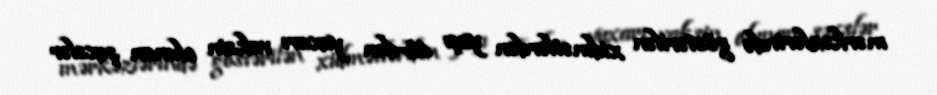
mərkəzlərində göstərilən xidmətlərdən yaşı 18-dən yuxarı vaksin olunan şəxslər